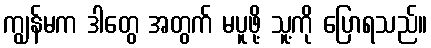
ကျွန်မက ဒါတွေ အတွက် မပူဖို့ သူ့ကို ပြောရသည်။